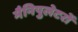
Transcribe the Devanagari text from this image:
मैनिपुलेटरों